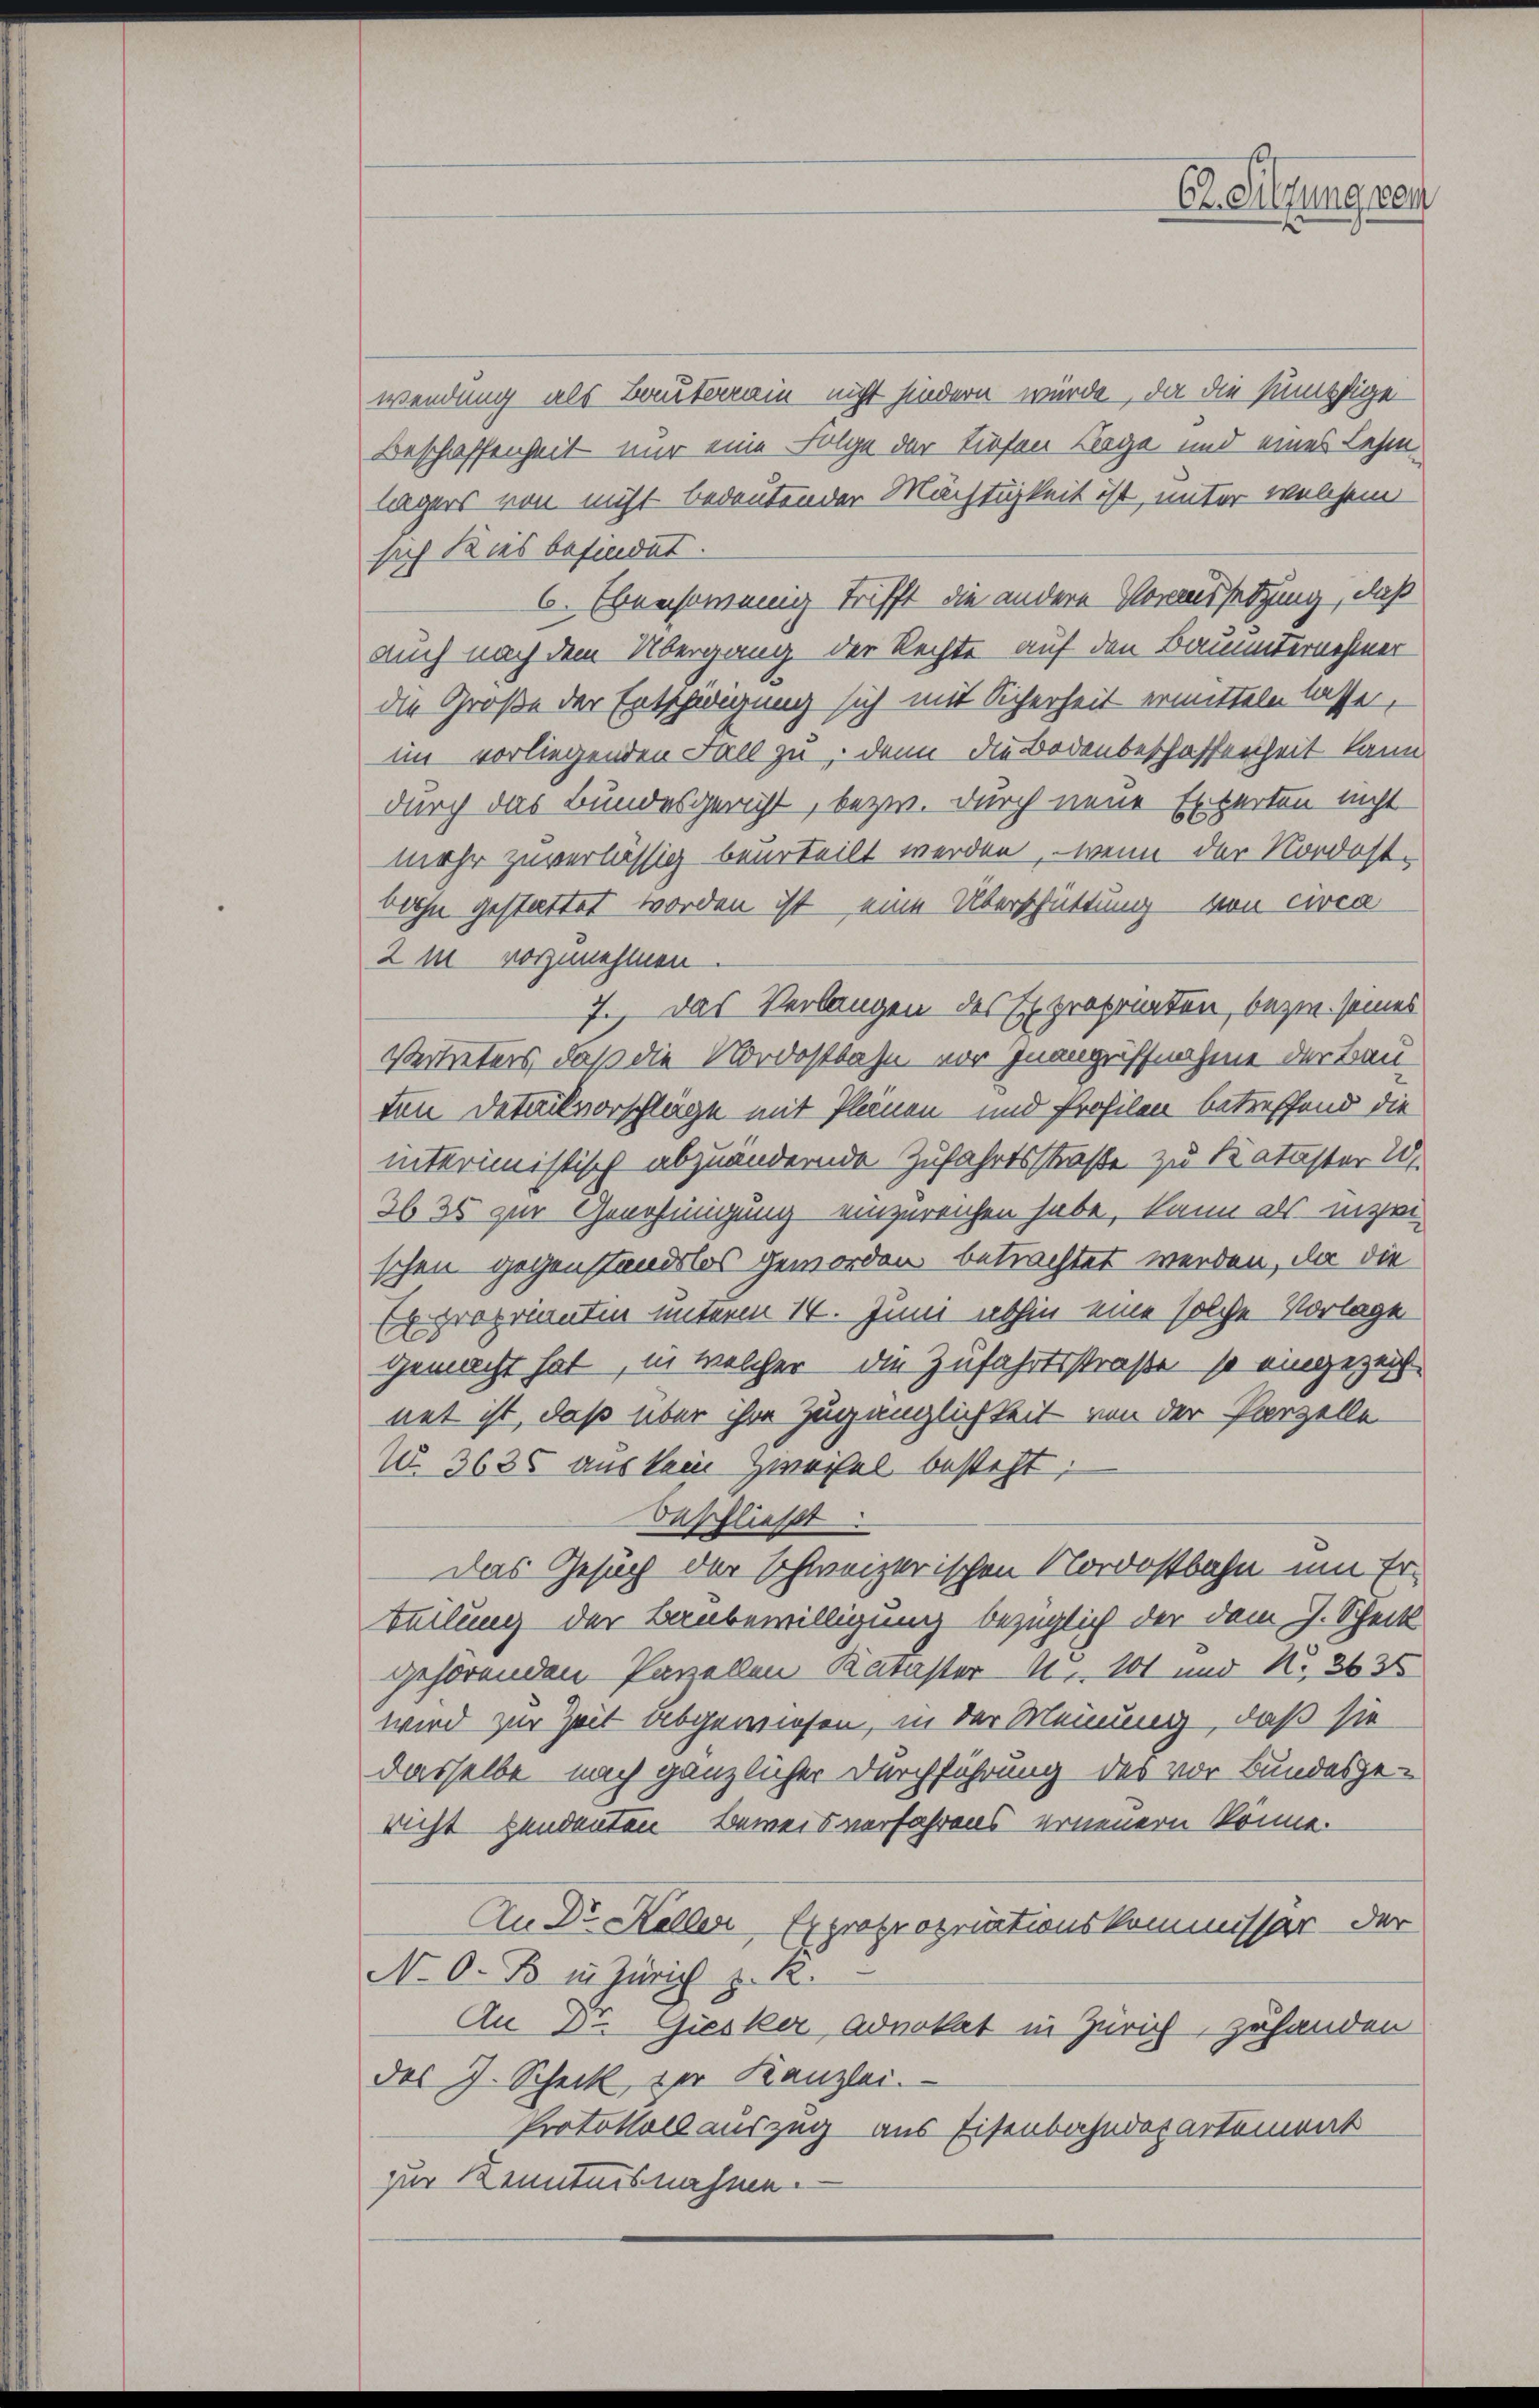
wendung als Bauterain nicht hindern würde, da die Empfige
Beschaffenheit mir eine Folge der tiefen Lage und eines Lehen.
lägers von nicht bedeutender Mächtigkeit ist, unter welchem
sich Kies befindet.
6. Ebensowenig trifft die andere Voraussetzung, daß
auch nach dem Übergang der Rechte auf den Bauunternehmer
die Große der Entschädigung sich mit Sicherheit ermitteln lassen,
im vorliegenden Fall zu, denn die Bodenbeschaffenheit kann
durch das Bundesgericht, bezw. durch neue Experten nicht
mehr zuverlässig beurteilt werden, wenn der Nordostbahn gestattet worden ist, eine Überschüttung von circa
2 m vorzunehmen
7., Das Verlangen des Expropriaten, bezi seines
Vertreters, daß die Nordostbahn vor Inangriffnahme der Bau-
ten Detailvorschläge mit Plänen- und Profilen betreffend die
interimistisch abzuändernde Zufahrtsstraße zu Kataster U
3625 zur Genehmigung einzureichen habe, kann als inzwi
schen gegenstandslos geworden betrachtet werden, da die
Er proprianten unterm 14. Juni abhin eine solche Vorlage
gemacht hat, in welcher die Zufahrtsstraße so eingezeichnet ist, daß über ihre Zugänglichkeit von der Parzelle
1. 3635 aus kein Zweifel besteht;
Beschließt
Das Gesuch der schweizerischen Nordostbahn um Erteilung der Baubewilligung bezüglich der dem J. Scheck
gehörenden Parzellen Karaster, 101 und No. 2635
wird zur Zeit abgewiesen, in der Meinung, daß sie
dasselbe nach gänzlicher Durchführung des vor Bundesgericht pendenten Beweis verfahrens erneuern könne.
An Dr Keller Expropropriationskommissär der
N. O. B. in Zürich z. R.
An 2. Giesker Advokat in Zürich, zuhanden
des J. Scheck der Kanzlei.
Protokoll auszug aus Eisenbahndepartement
zur Kenntnisnahme.

Er Sitzung nen